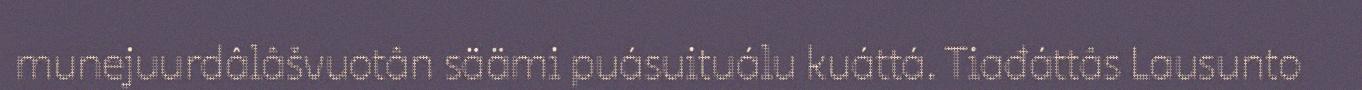
munejuurdâlâšvuotân säämi puásuituálu kuáttá. Tiađáttâs Lausunto